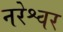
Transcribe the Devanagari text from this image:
नरेश्वर